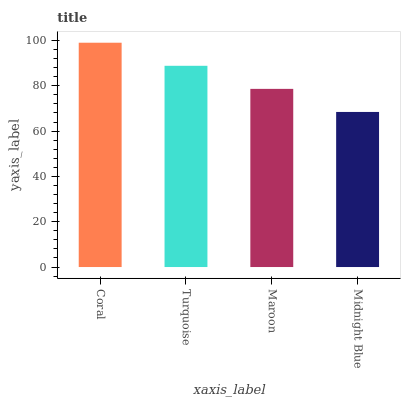
| xaxis_label | bars |
 | --- | --- |
 | Coral | 99 |
 | Turquoise | 88.8 |
 | Maroon | 78.6 |
 | Midnight Blue | 68.4 |